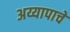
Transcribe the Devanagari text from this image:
अय्यापाचे